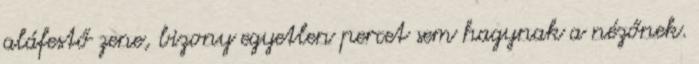
aláfestő zene, bizony egyetlen percet sem hagynak a nézőnek.